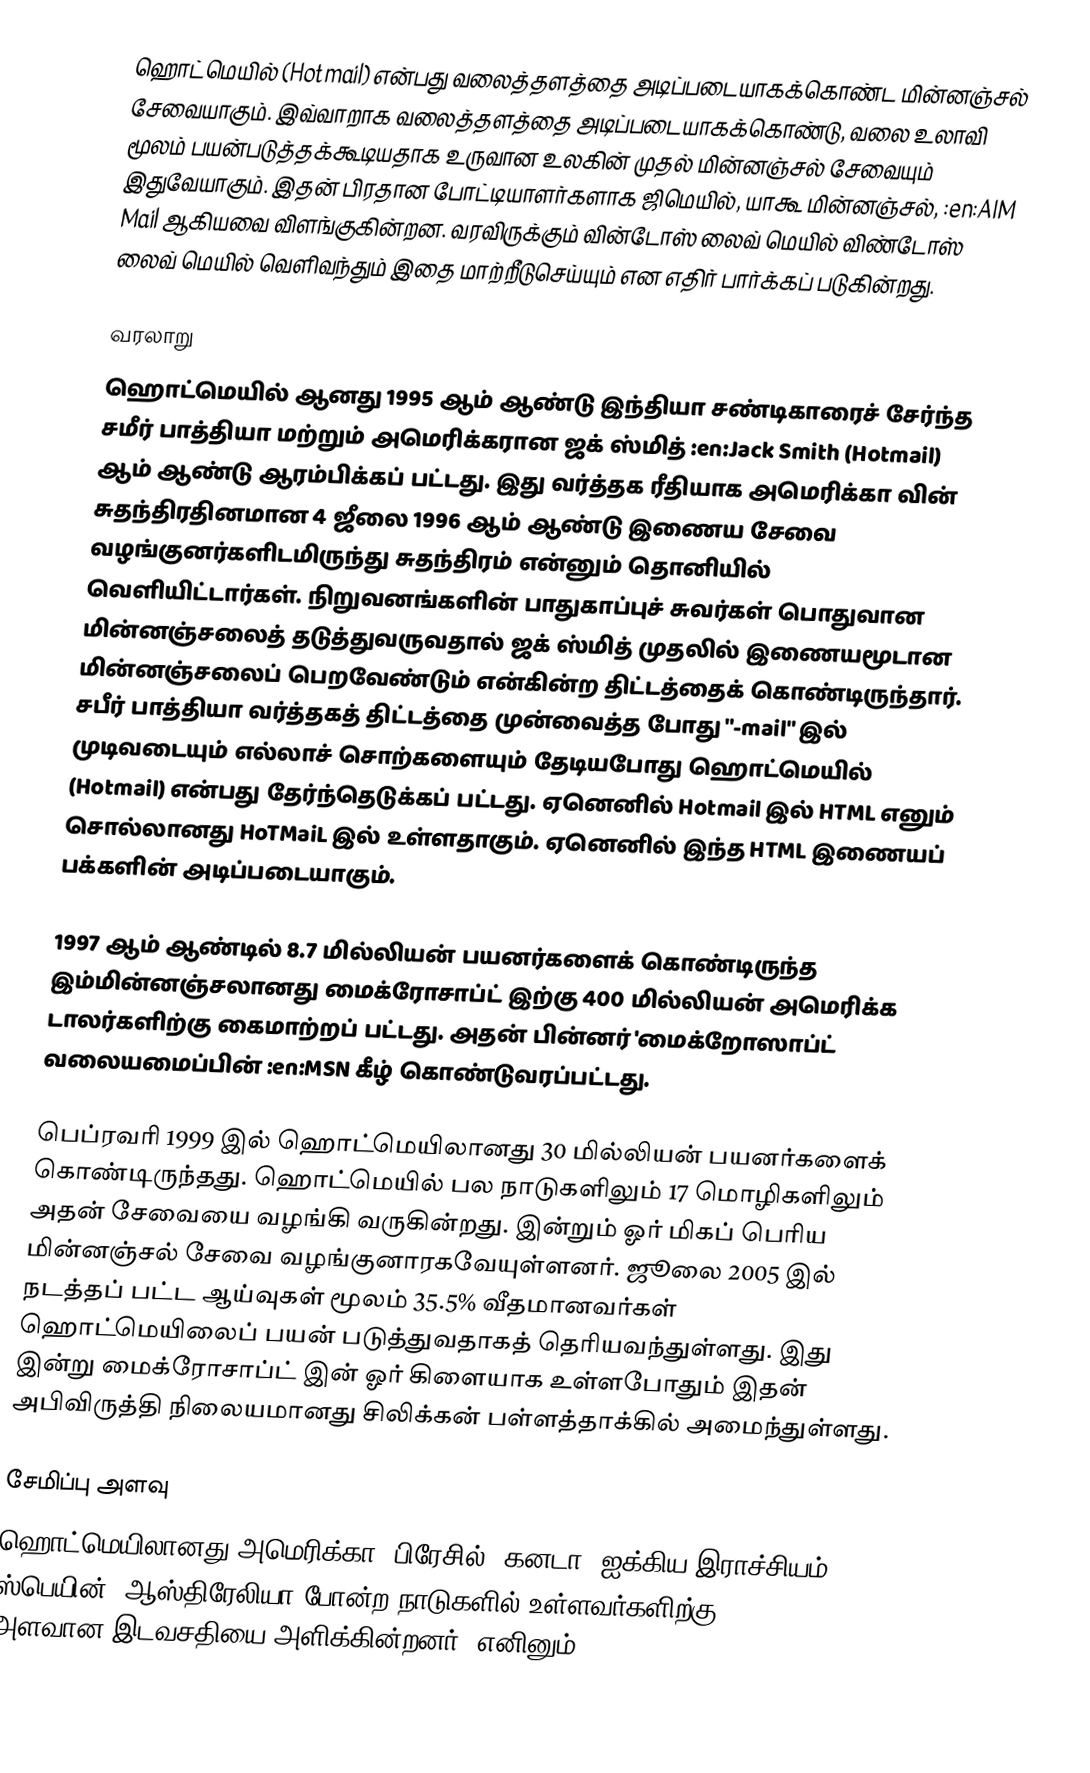
ஹொட்மெயில் (Hotmail) என்பது வலைத்தளத்தை அடிப்படையாகக்கொண்ட  மின்னஞ்சல் சேவையாகும்.  இவ்வாறாக வலைத்தளத்தை அடிப்படையாகக்கொண்டு, வலை உலாவி மூலம் பயன்படுத்தக்கூடியதாக உருவான உலகின் முதல் மின்னஞ்சல் சேவையும் இதுவேயாகும். இதன் பிரதான போட்டியாளர்களாக ஜிமெயில், யாகூ மின்னஞ்சல், :en:AIM Mail ஆகியவை விளங்குகின்றன. வரவிருக்கும் வின்டோஸ் லைவ் மெயில் விண்டோஸ் லைவ் மெயில் வெளிவந்தும் இதை மாற்றீடுசெய்யும் என எதிர் பார்க்கப் படுகின்றது.

வரலாறு
ஹொட்மெயில் ஆனது 1995 ஆம் ஆண்டு இந்தியா சண்டிகாரைச் சேர்ந்த சமீர் பாத்தியா மற்றும் அமெரிக்கரான ஜக் ஸ்மித் :en:Jack Smith (Hotmail) ஆம் ஆண்டு ஆரம்பிக்கப் பட்டது. இது வர்த்தக ரீதியாக அமெரிக்கா வின் சுதந்திரதினமான 4 ஜீலை 1996 ஆம் ஆண்டு இணைய சேவை வழங்குனர்களிடமிருந்து சுதந்திரம் என்னும் தொனியில் வெளியிட்டார்கள். நிறுவனங்களின் பாதுகாப்புச் சுவர்கள் பொதுவான மின்னஞ்சலைத் தடுத்துவருவதால் ஜக் ஸ்மித் முதலில் இணையமூடான மின்னஞ்சலைப் பெறவேண்டும் என்கின்ற திட்டத்தைக் கொண்டிருந்தார். சபீர் பாத்தியா வர்த்தகத் திட்டத்தை முன்வைத்த போது "-mail" இல் முடிவடையும் எல்லாச் சொற்களையும் தேடியபோது ஹொட்மெயில் (Hotmail) என்பது தேர்ந்தெடுக்கப் பட்டது. ஏனெனில் Hotmail இல் HTML எனும் சொல்லானது HoTMaiL இல் உள்ளதாகும். ஏனெனில் இந்த HTML இணையப் பக்களின் அடிப்படையாகும்.

1997 ஆம் ஆண்டில் 8.7 மில்லியன் பயனர்களைக் கொண்டிருந்த இம்மின்னஞ்சலானது மைக்ரோசாப்ட் இற்கு 400 மில்லியன் அமெரிக்க டாலர்களிற்கு கைமாற்றப் பட்டது. அதன் பின்னர் 'மைக்றோஸாப்ட் வலையமைப்பின் :en:MSN கீழ் கொண்டுவரப்பட்டது.

பெப்ரவரி 1999 இல் ஹொட்மெயிலானது 30 மில்லியன் பயனர்களைக் கொண்டிருந்தது. ஹொட்மெயில் பல நாடுகளிலும் 17 மொழிகளிலும் அதன் சேவையை வழங்கி வருகின்றது. இன்றும் ஓர் மிகப் பெரிய மின்னஞ்சல் சேவை வழங்குனாரகவேயுள்ளனர். ஜூலை 2005 இல் நடத்தப் பட்ட ஆய்வுகள் மூலம் 35.5% வீதமானவர்கள் ஹொட்மெயிலைப் பயன் படுத்துவதாகத் தெரியவந்துள்ளது. இது இன்று மைக்ரோசாப்ட் இன் ஓர் கிளையாக உள்ளபோதும் இதன் அபிவிருத்தி நிலையமானது சிலிக்கன் பள்ளத்தாக்கில் அமைந்துள்ளது.

சேமிப்பு அளவு
ஹொட்மெயிலானது அமெரிக்கா, பிரேசில், கனடா, ஐக்கிய இராச்சியம், ஸ்பெயின், ஆஸ்திரேலியா போன்ற நாடுகளில் உள்ளவர்களிற்கு 250 MB அளவான இடவசதியை அளிக்கின்றனர் (எனினும்